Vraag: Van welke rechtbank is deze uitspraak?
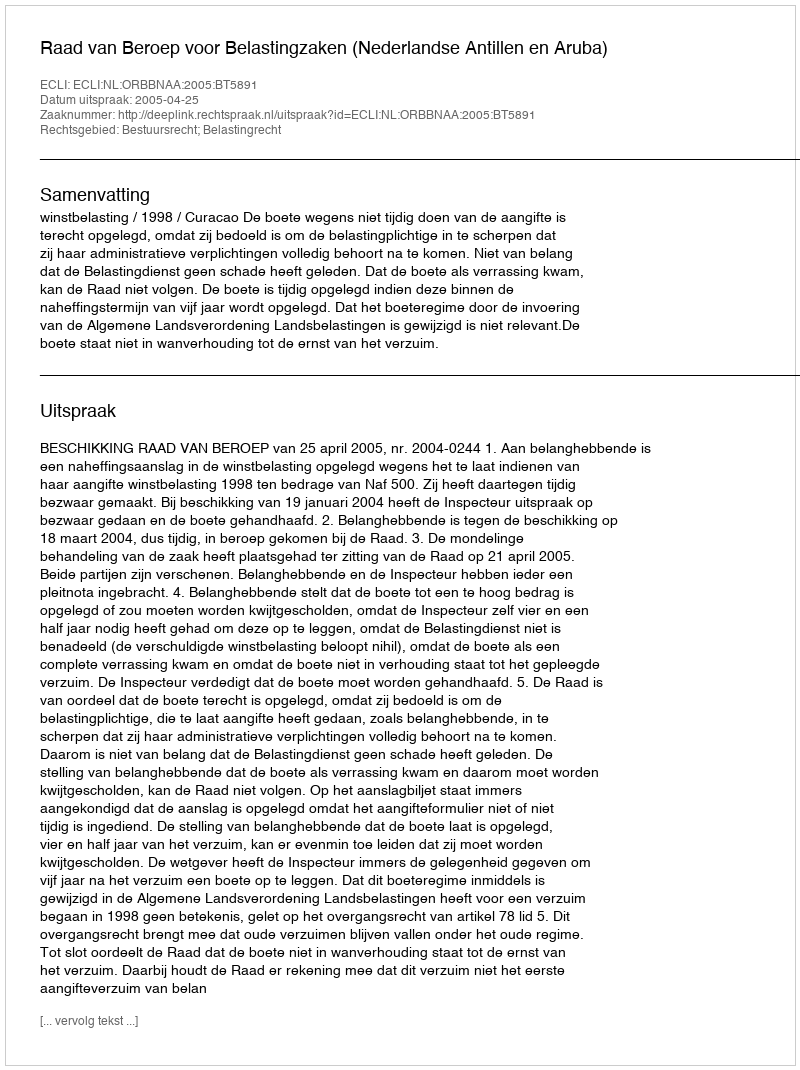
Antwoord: Raad van Beroep voor Belastingzaken (Nederlandse Antillen en Aruba)